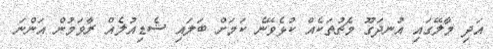
އަދި މާލޭގައި އުނދަގޫ މެޗުތަކެއް ކުޅެވޭނެ ކަމަށް ބަލައި ޝެޑިއުލެއް ރާވަމުން އަންނަ